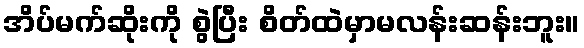
အိပ်မက်ဆိုးကို စွဲပြီး စိတ်ထဲမှာမလန်းဆန်းဘူး။